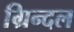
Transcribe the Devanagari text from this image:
ग्रिन्दल